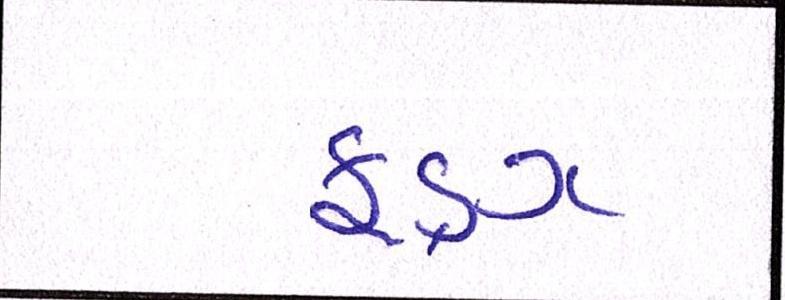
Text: ફૂડ્ઝ